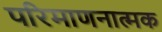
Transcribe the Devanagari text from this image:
परिमाणनात्मक